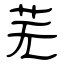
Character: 芜